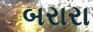
બરારા